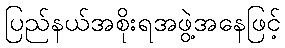
ပြည်နယ်အစိုးရအဖွဲ့အနေဖြင့်